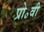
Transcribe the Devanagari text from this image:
प्रो॰वी